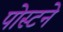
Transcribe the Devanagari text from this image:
पोस्टने